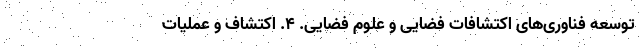
توسعه فناوری‌های اکتشافات فضایی و علوم فضایی. ۴. اکتشاف و عملیات